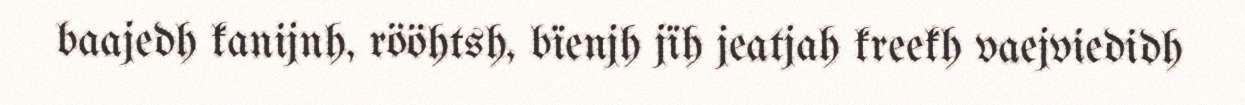
baajedh kanijnh, rööhtsh, bïenjh jïh jeatjah kreekh vaejviedidh